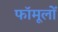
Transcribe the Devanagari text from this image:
फॉमूलों